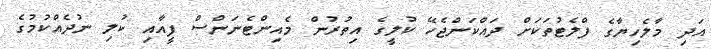
އަދި މާލެހިޔާގެ ފްލެޓުތަކަށް ދައްކަންޖެހޭ ކުލީގެ އިތުރުން މެއިންޓެނަންސް ފީއާއި ކުލި ނުދެއްކުމުގެ